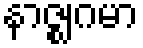
နာဇ္ဈဂမာ